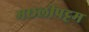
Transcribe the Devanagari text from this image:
मछलीपट्टम